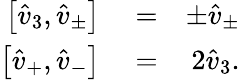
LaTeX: \begin{array}{rlr}{\left[\hat{v}_{3},\hat{v}_{\pm}\right]}&{{}=}&{\pm\hat{v}_{\pm}}\\ {\left[\hat{v}_{+},\hat{v}_{-}\right]}&{{}=}&{2\hat{v}_{3}.}\end{array}